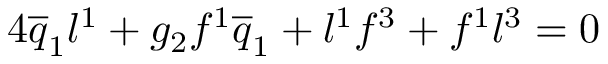
4 \overline { { { q } } } _ { 1 } l ^ { 1 } + g _ { 2 } f ^ { 1 } \overline { { { q } } } _ { 1 } + l ^ { 1 } f ^ { 3 } + f ^ { 1 } l ^ { 3 } = 0